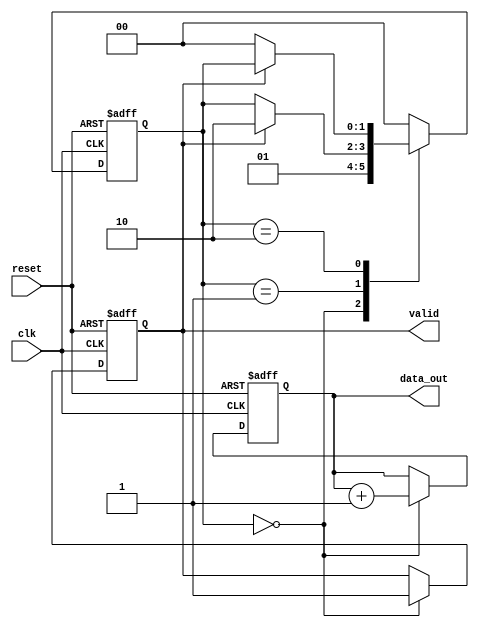
module producer (
    input wire clk,
    input wire reset,
    output reg [7:0] data_out,  // 8-bit data bus
    output reg valid            // Valid signal
);
    // State to indicate if new data is generated
    reg [1:0] state;
    
    // State encoding
    localparam IDLE = 2'b00,
               GENERATE = 2'b01,
               WAIT_READY = 2'b10;

    always @(posedge clk or posedge reset) begin
        if (reset) begin
            state <= IDLE;
            valid <= 0;
            data_out <= 8'b0;
        end else begin
            case (state)
                IDLE: begin
                    // Generate new data and assert valid
                    data_out <= data_out + 1; // Example data generation
                    valid <= 1;
                    state <= GENERATE;
                end
                
                GENERATE: begin
                    // Wait for consumer to be ready
                    if (valid) begin
                        state <= WAIT_READY;
                    end
                end
                
                WAIT_READY: begin
                    // If ready is low, stay in this state
                    // If ready is high, deassert valid and go back to IDLE
                    if (!valid) begin
                        state <= IDLE;
                    end
                end
                
                default: state <= IDLE;
            endcase
        end
    end
endmodule